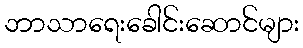
ဘာသာရေးခေါင်းဆောင်များ